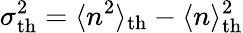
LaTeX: \sigma_{\mathrm{th}}^{2}=\langle n^{2}\rangle_{\mathrm{th}}-\langle n\rangle_{\mathrm{th}}^{2}